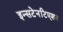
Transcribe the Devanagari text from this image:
इन्सटेनटिएशन